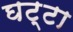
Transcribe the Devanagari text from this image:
घट्टा